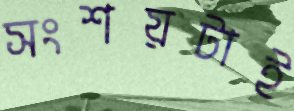
সংশয়টাই